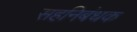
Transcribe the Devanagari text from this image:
सहनिबंधक